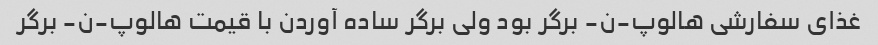
غذای سفارشی هالوپ-ن- برگر بود ولی برگر ساده آوردن با قیمت هالوپ-ن- برگر